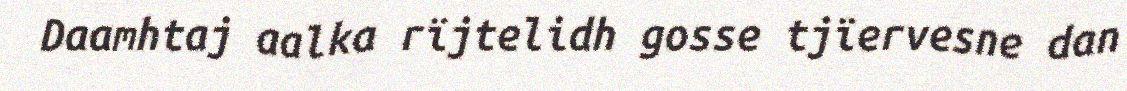
Daamhtaj aalka rïjtelidh gosse tjïervesne dan